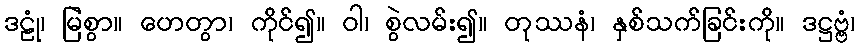
ဒဠုံ၊ မြဲစွာ။ ဟေတွာ၊ ကိုင်၍။ ဝါ၊ စွဲလမ်း၍။ တုဿနံ၊ နှစ်သက်ခြင်းကို။ ဒဋ္ဌဗ္ဗံ၊